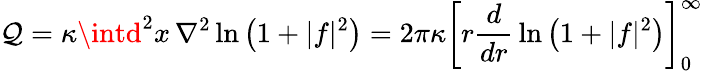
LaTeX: \mathcal{Q}=\kappa\intd^{2}x\, \nabla^{2}\ln\left(1+|f|^{2}\right)=2\pi\kappa\left[r{\frac{{d}}{{dr}}}\ln\left(1+|f|^{2}\right)\right]_{0}^{\infty}